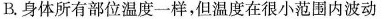
B.身体所有部位温度一样，但温度在很小范围内波动